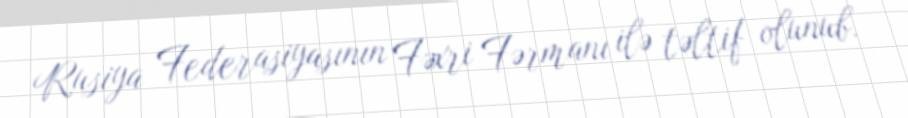
Rusiya Federasiyasının Fəxri Fərmanı ilə təltif olunub.